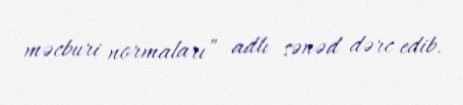
məcburi normaları” adlı sənəd dərc edib.